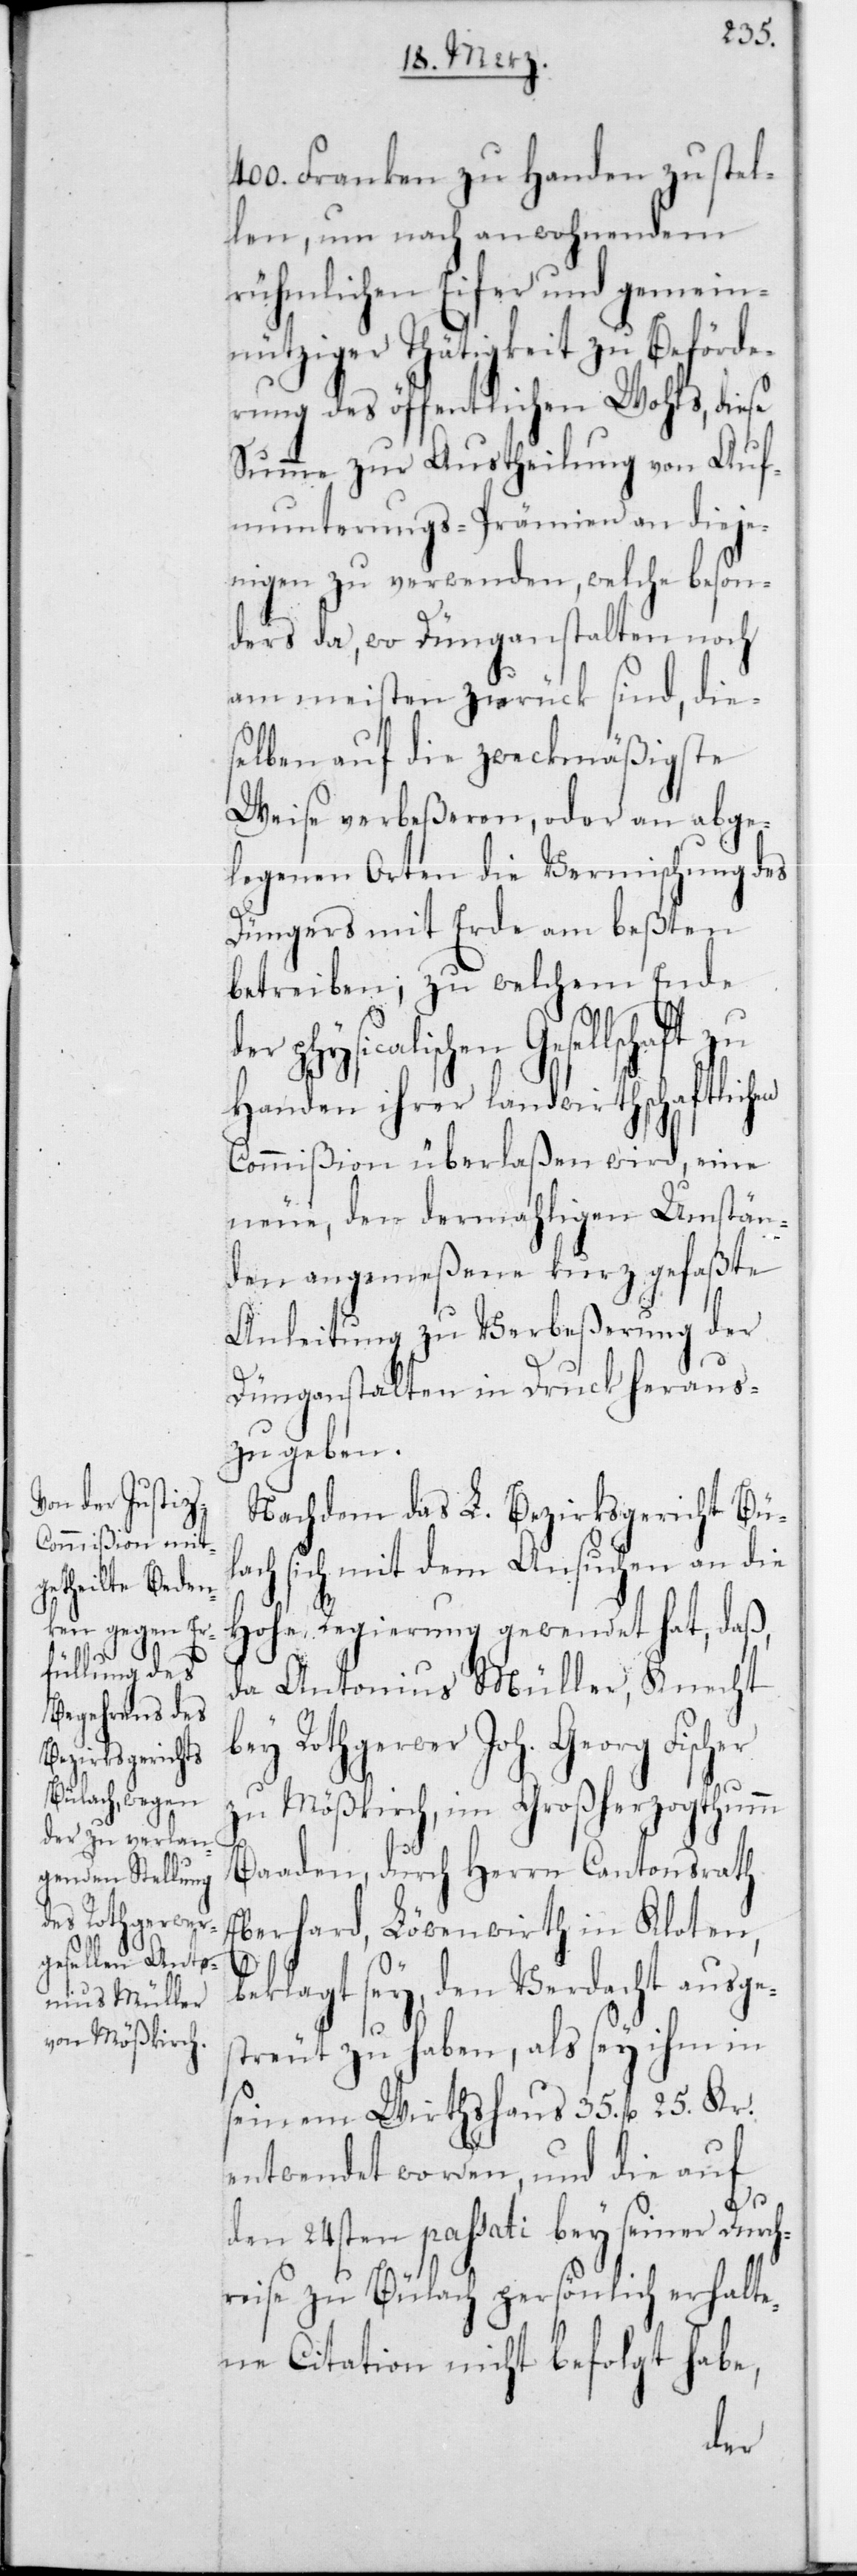
400 Franken zu Handen zu stel¬
len, um nach anwohnendem
rühmlichen Eifer und gemein¬
nütziger Thätigkeit zu Beförde¬
rung des öffentlichen Wohls, diese
Summe zur Austheilung von Auf¬
munterungs-Prämien an diejen¬
igen zu verwenden, welche beson¬
ders da, wo Dünganstalten noch
am meisten zurück sind, die¬
selben auf die zweckmäßigste
Weise verbeßeren, oder an abge¬
legenen Orten die Vermischung des
Düngers mit Erde am beßten
betreiben; zu welchem Ende
physicalischen Gesellschaft
Handen ihrer landwirthschaftlichen
Commißion überlaßen wird, eine
neue, den dermahligen Umstän¬
den angemeßene kurz gefaßte
Anleitung zu Verbeßerung der
Dünganstalten in Druck heraus¬
zugeben.
Nachdem das L. Bezirksgericht Bül¬
ach sich mit dem Ansuchen an die
Hohe Regierung gewendet hat, daß,
da Antonius Müller, Knecht
ei Rothgerwer Joh. Georg Fischer
zu Mößkirch, im Großherzogthumm
Baaden, durch Herrn Cantonsrath
Eberhard, Löwenwirth in Kloten,
b¬
eklagt sey, den Verdacht ausge¬
streut zu haben, als sey ihm in
seinem Wirthshaus 35 fl. 25 Kr.
entwendet worden, und die auf
den 24sten passati bey seiner Durch¬
reise zu Bülach persönlich erhalte¬
ne Citation nicht befolgt habe,
der